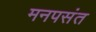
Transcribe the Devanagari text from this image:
मनपसंत